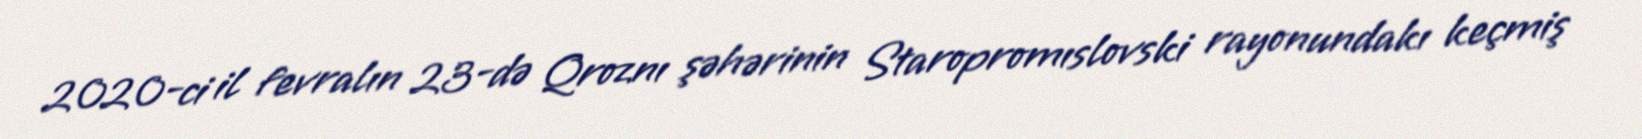
2020-ci il fevralın 23-də Qroznı şəhərinin Staropromıslovski rayonundakı keçmiş